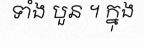
ទាំង បួន ។ ក្នុង